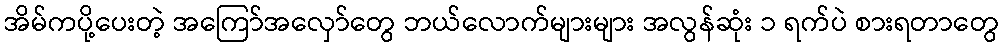
အိမ်ကပို့ပေးတဲ့ အကြော်အလှော်တွေ ဘယ်လောက်များများ အလွန်ဆုံး ၁ ရက်ပဲ စားရတာတွေ